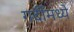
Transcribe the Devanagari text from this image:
गर्दीमध्ये